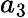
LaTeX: a_{3}